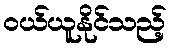
ဝယ်ယူနိုင်သည့်